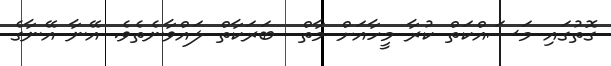
ގޮތުގައި މަސައްކަތް ކުރާ މީހާއަށް މާތް  ބަރަކާތް ލައްވާނެތެވެ. އޭނާ އޭނާގެ